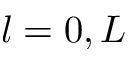
l = 0 , L